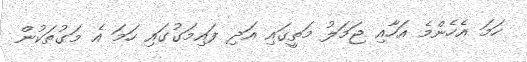
ހަމަ އެހެންމެ އަހާއި ޖަމަލު މަތީގައި އަދި ފައިމަގުގައި ހަމަ އެ މަގުތަކުން